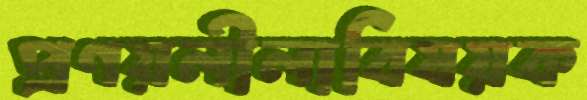
প্রণয়লীলাবিষয়ক